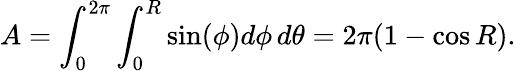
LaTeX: A=\int_{0}^{2\pi}\int_{0}^{R}\sin(\phi)d\phi\, d\theta=2\pi(1-\cos R).